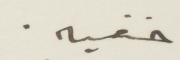
خفيه.